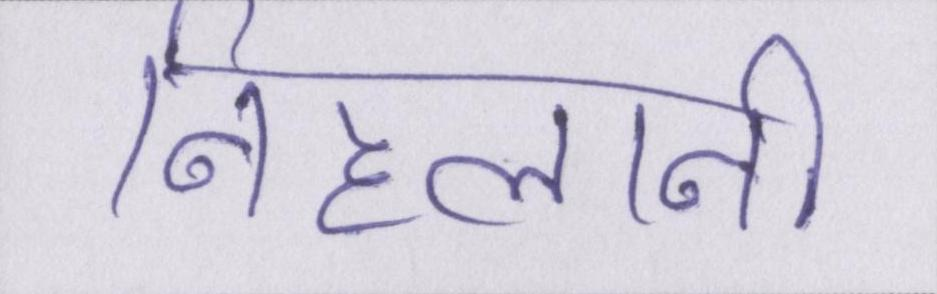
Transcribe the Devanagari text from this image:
निहलानी